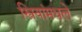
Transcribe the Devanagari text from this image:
स्त्रियांमधले